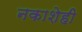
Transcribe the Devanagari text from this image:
नकाशेही